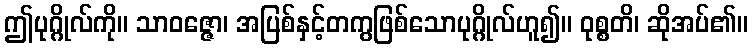
ဤပုဂ္ဂိုလ်ကို။ သာဝဇ္ဇော၊ အပြစ်နှင့်တကွဖြစ်သောပုဂ္ဂိုလ်ဟူ၍။ ဝုစ္စတိ၊ ဆိုအပ်၏။